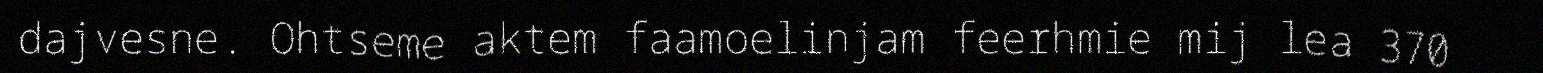
dajvesne. Ohtseme aktem faamoelinjam feerhmie mij lea 370